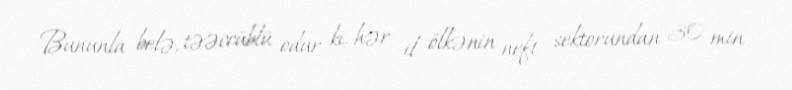
Bununla belə, təəccüblü odur ki, hər il ölkənin neft sektorundan 30 min